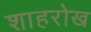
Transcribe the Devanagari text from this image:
शाहरोख